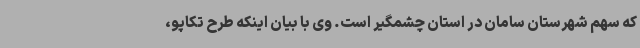
که سهم شهرستان سامان در استان چشمگیر است. وی با بیان اینکه طرح تکاپو،